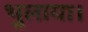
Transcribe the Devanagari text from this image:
भुलाया।